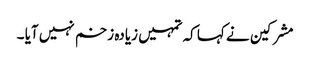
مشرکین نے کہا کہ تمہیں زیادہ زخم نہیں آیا ۔